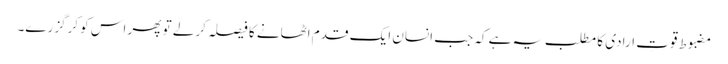
مضبوط قوتِ ارادی کا مطلب یہ ہے کہ جب انسان ایک قدم اٹھانے کا فیصلہ کرلے تو پھر اس کو کرگزرے۔